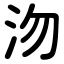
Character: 沕